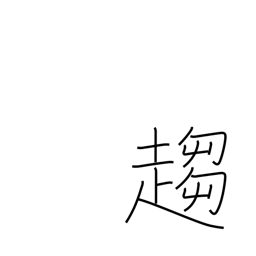
Meaning: tend towards